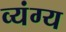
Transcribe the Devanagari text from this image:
व्‍यंग्य